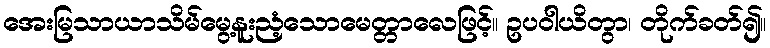
အေးမြသာယာသိမ်မွေ့နူးညံ့သောမေတ္တာလေဖြင့်။ ဥပဝါယိတွာ၊ တိုက်ခတ်၍။